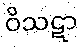
ဝိသဋာ